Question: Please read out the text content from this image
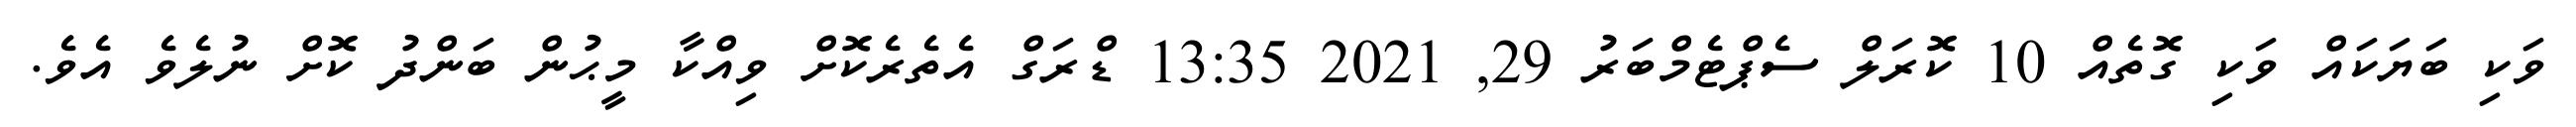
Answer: ވަކި ބަޔަކައް ވަކި ގޮތެއް 10 ކޮރަލް ސެޕްޓެމްބަރު 29, 2021 13:35 ޑްރަގް އެތެރެކޮށް ވިއްކާ މީޙުން ބަންދު ކޮށް ނުލެވެ އެވެ.